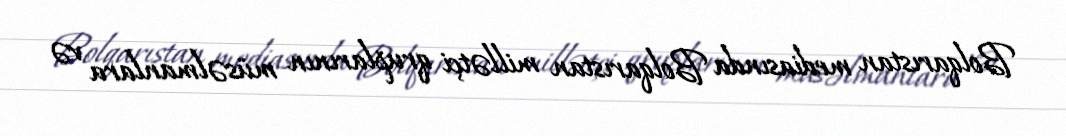
Bolqarıstan mediasında Bolqarıstan millətçi qruplarının müsəlmanlara və